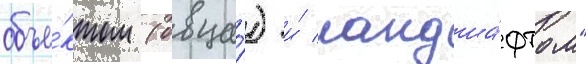
объе́ктом (овца́) и́ ландша́фтом"